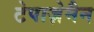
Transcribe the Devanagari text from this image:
टेपाज़ेमैन